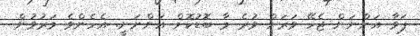
ޕަވާ އަންނަން ޖެހޭ ވަރަށް ވުރެ މާ ބޮޑުކޮށް އަންނަނީ. އެހެންވެ މަރުވުން